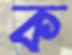
ক